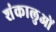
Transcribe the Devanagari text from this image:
शंकालुओं